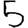
Digit: 5